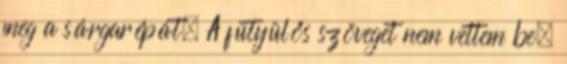
meg a sárgarépát. A fütyülős szöveget nem vettem be,